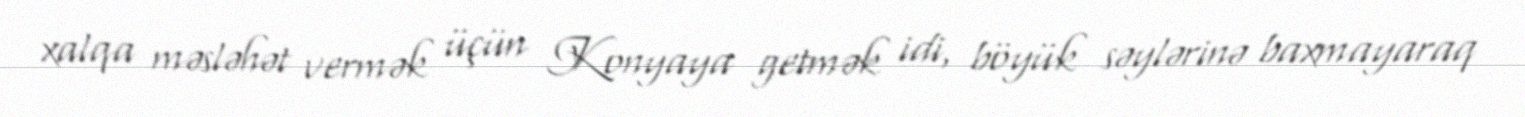
xalqa məsləhət vermək üçün Konyaya getmək idi, böyük səylərinə baxmayaraq